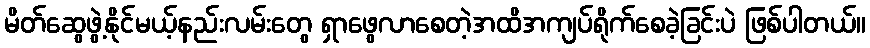
မိတ်ဆွေဖွဲ့နိုင်မယ့်နည်းလမ်းတွေ ရှာဖွေလာစေတဲ့အထိအကျပ်ရိုက်စေခဲ့ခြင်းပဲ ဖြစ်ပါတယ်။